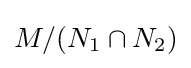
M/(N_{1}\cap N_{2})